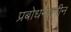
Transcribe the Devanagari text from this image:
प्रबोधनयुगीन